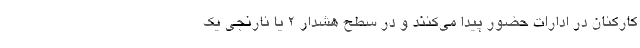
کارکنان در ادارات حضور پیدا می‌کنند و در سطح هشدار ۲ یا نارنجی یک